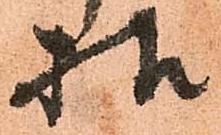
様